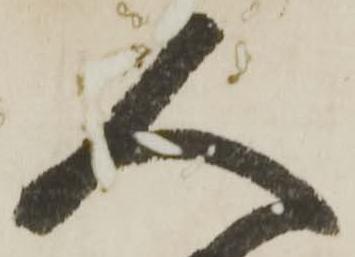
人